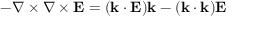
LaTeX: - \nabla \times \nabla \times \mathbf { E } = ( \mathbf { k } \cdot \mathbf { E } ) \mathbf { k } - ( \mathbf { k } \cdot \mathbf { k } ) \mathbf { E }